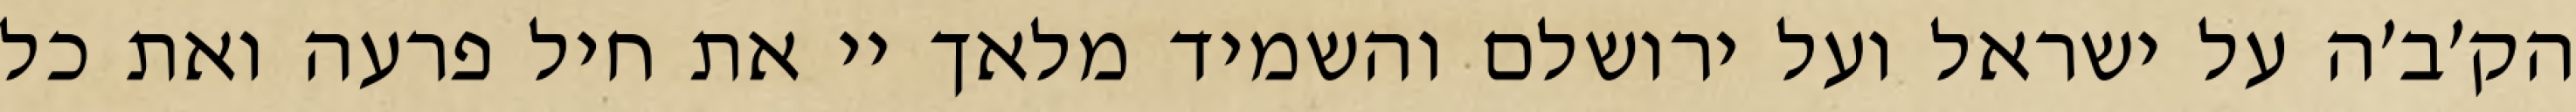
הק׳ב׳ה על ישראל ועל ירושלם והשמיד מלאך יי את חיל פרעה ואת כל